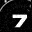
Digit: 7